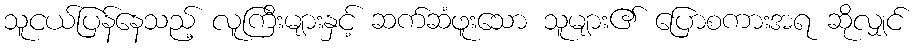
သူငယ်ပြန်နေသည့် လူကြီးများနှင့် ဆက်ဆံဖူးသော သူများ၏ ပြောစကားအရ ဆိုလျှင်